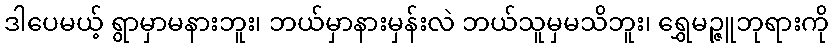
ဒါပေမယ့် ရွာမှာမနားဘူး၊ ဘယ်မှာနားမှန်းလဲ ဘယ်သူမှမသိဘူး၊ ရွှေမဉ္ဇူဘုရားကို